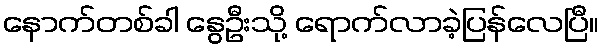
နောက်တစ်ခါ နွေဦးသို့ ရောက်လာခဲ့ပြန်လေပြီ။